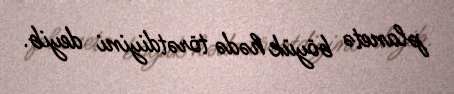
planetə böyük hədə törətdiyini deyib.